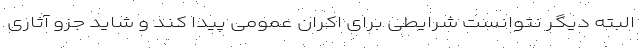
البته دیگر نتوانست شرایطی برای اکران عمومی پیدا کند و شاید جزو آثاری